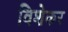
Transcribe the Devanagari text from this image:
विशेकर